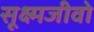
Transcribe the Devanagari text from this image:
सूक्ष्मजीवो